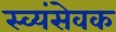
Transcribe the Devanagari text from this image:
स्व्यंसेवक